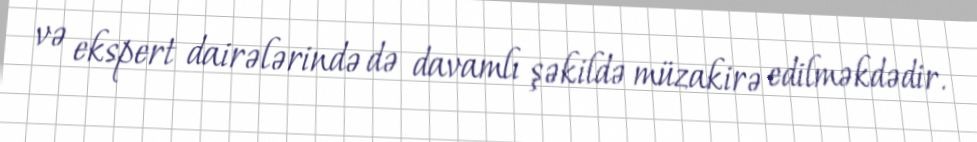
və ekspert dairələrində də davamlı şəkildə müzakirə edilməkdədir.